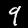
Digit: 9